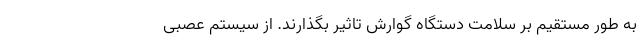
به طور مستقیم بر سلامت دستگاه گوارش تاثیر بگذارند. از سیستم عصبی